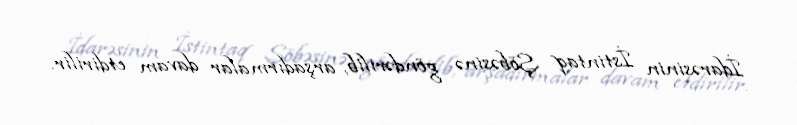
İdarəsinin İstintaq Şöbəsinə göndərilib, arşadırmalar davam etdirilir.